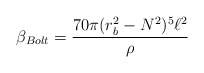
\begin{align*}\beta _{Bolt}=\frac{70\pi (r_{b}^{2}-N^{2})^{5}\ell ^{2}}{\rho }\end{align*}